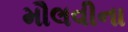
મૌલવીના